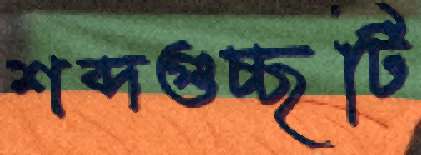
শব্দগুচ্ছটি